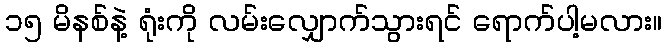
၁၅ မိနစ်နဲ့ ရုံးကို လမ်းလျှောက်သွားရင် ရောက်ပါ့မလား။